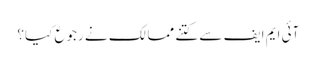
آئی ایم ایف سے کتنے ممالک نے رجوع کیا؟